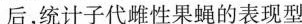
后，统计子代雌性果蝇的表现型